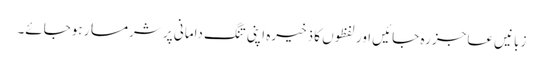
زبانیں عاجز رہ جائیں اور لفظوں کا ذخیرہ اپنی تنگ دامانی پر شرمسار ہوجائے۔